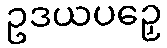
ဥဒယပဉှေ